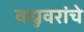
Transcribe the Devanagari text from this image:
वधुवरांचे